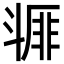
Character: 𣂇